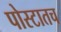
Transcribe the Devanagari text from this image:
पोस्टातच